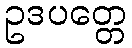
ဥဒပတ္တေ